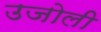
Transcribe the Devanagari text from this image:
उजोली